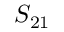
S _ { 2 1 }